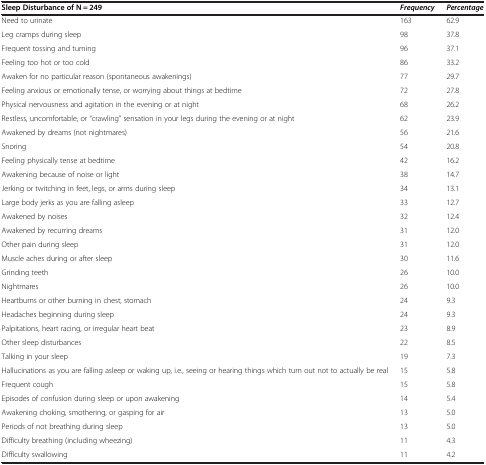
<table><thead><tr><td><b>Sleep Disturbance of N = 249</b></td><td><b><i>Frequency</i></b></td><td><b><i>Percentage</i></b></td></tr></thead><tbody><tr><td>Need to urinate</td><td>163</td><td>62.9</td></tr><tr><td>Leg cramps during sleep</td><td>98</td><td>37.8</td></tr><tr><td>Frequent tossing and turning</td><td>96</td><td>37.1</td></tr><tr><td>Feeling too hot or too cold</td><td>86</td><td>33.2</td></tr><tr><td>Awaken for no particular reason (spontaneous awakenings)</td><td>77</td><td>29.7</td></tr><tr><td>Feeling anxious or emotionally tense, or worrying about things at bedtime</td><td>72</td><td>27.8</td></tr><tr><td>Physical nervousness and agitation in the evening or at night</td><td>68</td><td>26.2</td></tr><tr><td>Restless, uncomfortable, or “crawling” sensation in your legs during the evening or at night</td><td>62</td><td>23.9</td></tr><tr><td>Awakened by dreams (not nightmares)</td><td>56</td><td>21.6</td></tr><tr><td>Snoring</td><td>54</td><td>20.8</td></tr><tr><td>Feeling physically tense at bedtime</td><td>42</td><td>16.2</td></tr><tr><td>Awakening because of noise or light</td><td>38</td><td>14.7</td></tr><tr><td>Jerking or twitching in feet, legs, or arms during sleep</td><td>34</td><td>13.1</td></tr><tr><td>Large body jerks as you are falling asleep</td><td>33</td><td>12.7</td></tr><tr><td>Awakened by noises</td><td>32</td><td>12.4</td></tr><tr><td>Awakened by recurring dreams</td><td>31</td><td>12.0</td></tr><tr><td>Other pain during sleep</td><td>31</td><td>12.0</td></tr><tr><td>Muscle aches during or after sleep</td><td>30</td><td>11.6</td></tr><tr><td>Grinding teeth</td><td>26</td><td>10.0</td></tr><tr><td>Nightmares</td><td>26</td><td>10.0</td></tr><tr><td>Heartburns or other burning in chest, stomach</td><td>24</td><td>9.3</td></tr><tr><td>Headaches beginning during sleep</td><td>24</td><td>9.3</td></tr><tr><td>Palpitations, heart racing, or irregular heart beat</td><td>23</td><td>8.9</td></tr><tr><td>Other sleep disturbances</td><td>22</td><td>8.5</td></tr><tr><td>Talking in your sleep</td><td>19</td><td>7.3</td></tr><tr><td>Hallucinations as you are falling asleep or waking up, i.e., seeing or hearing things which turn out not to actually be real</td><td>15</td><td>5.8</td></tr><tr><td>Frequent cough</td><td>15</td><td>5.8</td></tr><tr><td>Episodes of confusion during sleep or upon awakening</td><td>14</td><td>5.4</td></tr><tr><td>Awakening choking, smothering, or gasping for air</td><td>13</td><td>5.0</td></tr><tr><td>Periods of not breathing during sleep</td><td>13</td><td>5.0</td></tr><tr><td>Difficulty breathing (including wheezing)</td><td>11</td><td>4.3</td></tr><tr><td>Difficulty swallowing</td><td>11</td><td>4.2</td></tr></tbody></table>